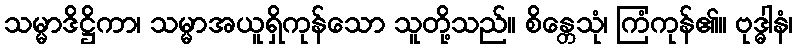
သမ္မာဒိဋ္ဌိကာ၊ သမ္မာအယူရှိကုန်သော သူတို့သည်။ စိန္တေသုံ၊ ကြံကုန်၏။ ဗုဒ္ဓါနံ၊